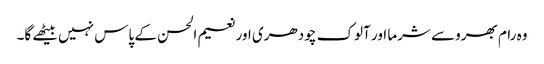
وہ رام بھروسے شرما اور آلوک چودھری اور نعیم الحسن کے پاس نہیں بیٹھے گا۔